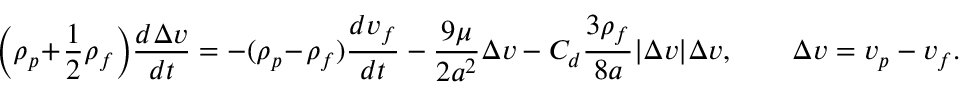
\Bigl ( \rho _ { p } \! + \! \frac { 1 } { 2 } \rho _ { f } \Bigr ) \frac { d \Delta \boldsymbol { v } } { d t } = - ( \rho _ { p } \! - \! \rho _ { f } ) \frac { d \boldsymbol { v _ { f } } } { d t } - \frac { 9 \mu } { 2 a ^ { 2 } } \Delta \boldsymbol { v } - C _ { d } \frac { 3 \rho _ { f } } { 8 a } | \Delta \boldsymbol { v } | \Delta \boldsymbol { v } , \qquad \Delta \boldsymbol { v } = \boldsymbol { v _ { p } } - \boldsymbol { v _ { f } } .